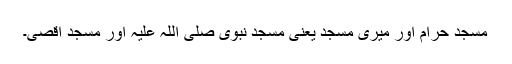
مسجد حرام اور میری مسجد یعنی مسجد نبوی صلی اللہ علیہ اور مسجد اقصیٰ۔